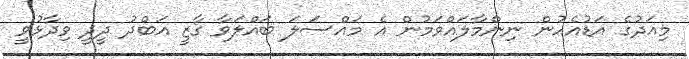
މިއަދުގެ އަޑުއެހުން ނިންމާލައްވަމުން އެ މައްސަލަ ބައްލަވާ ގާޒީ އަބްދު ދީދީ ވިދާޅުވީ